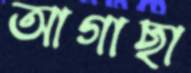
আগাছা